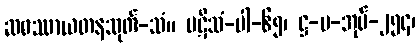
ဆဖဿာယတနသုတ်-သံ။ ပဋိသံ-ပါ-၆၅၊ ဋ္ဌ-ပ-အုပ်-၂၅၄၊